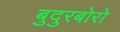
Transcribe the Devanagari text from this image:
बुदुरबोरो